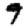
Digit: 9